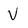
Character: V